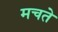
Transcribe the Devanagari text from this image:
मचते